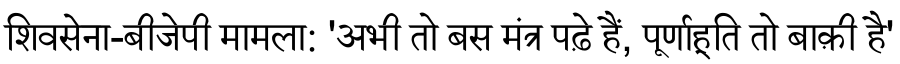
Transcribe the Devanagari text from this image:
शिवसेना-बीजेपी मामला: 'अभी तो बस मंत्र पढ़े हैं, पूर्णाहूति तो बाक़ी है'